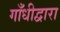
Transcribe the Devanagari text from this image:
गाँधीद्वारा